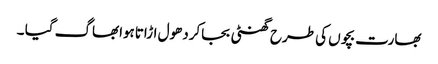
بھارت بچوں کی طرح گھنٹی بجاکردھول اڑاتاہوابھاگ گیا ۔